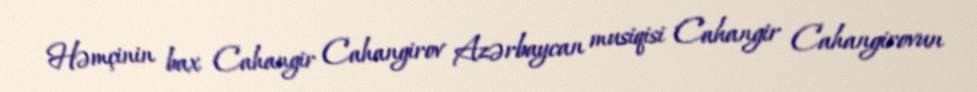
Həmçinin bax Cahangir Cahangirov Azərbaycan musiqisi Cahangir Cahangirovun